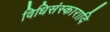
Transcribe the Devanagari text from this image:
विधिसंस्कारादि